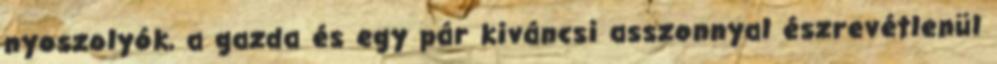
nyoszolyók, a gazda és egy pár kiváncsi asszonnyal észrevétlenül